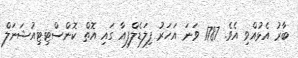
ބާރު އެޅުއްވި އެވެ. 1787 ވަނަ އަހަރު ފިލަޑެލްފިއާ ގައި އޮތް ކޮންސްޓިޓިއުޝަނަލް